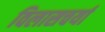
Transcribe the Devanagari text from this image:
विलासचर्या